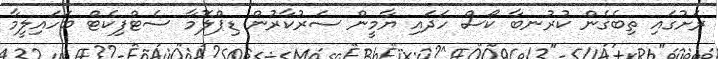
ރަށުގައި ތިބެގެން ކުރުނބާ ކޯސް ހަދައި ޔާމީން ސަރުކާރުން ޑިޕްލޮމާ ސެޓްފިކެޓް ބަހައިލީމާ